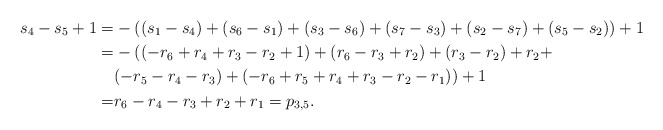
\begin{align*}s_{4}-s_{5}+1=& -((s_{1}-s_{4})+(s_{6}-s_{1})+(s_{3}-s_{6})+ (s_{7}-s_{3})+ (s_{2}-s_{7})+(s_{5}-s_{2}))+1\\=& -((-r_{6} +r_{4}+r_{3}-r_{2}+1)+(r_{6}-r_{3}+r_{2})+(r_{3}-r_{2})+r_{2}+\\&(-r_{5}-r_{4}-r_{3})+ (-r_{6} +r_{5} +r_{4} +r_{3}-r_{2}-r_{1}))+1\\=&r_{6}-r_{4}-r_{3}+r_{2}+r_{1}=p_{3,5}.\end{align*}